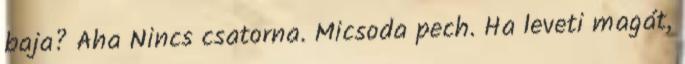
baja? Aha Nincs csatorna. Micsoda pech. Ha leveti magát,